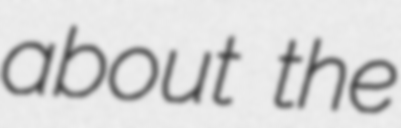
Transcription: about the